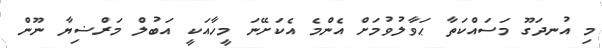
މި އުނދަގޫ މަސައްކަތާ ޙަވާލުވުމަށް އެންމެ އެކަށޭނަ މީހާއަކީ އަބުލް މަރްޟިޔާ ނޫން